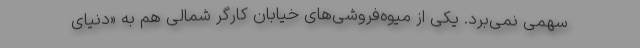
سهمی نمی‌برد. یکی از میوه‌فروشی‌های خیابان کارگر شمالی هم به «دنیای‌